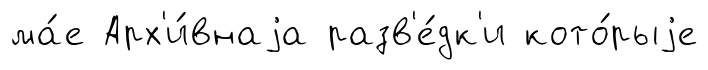
ма́е Арх'и́внаjа разв'е́дк'и кото́рыjе